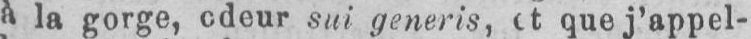
à la gorge, odeur sut generis, et que j’appel-